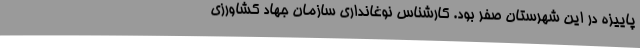
پاییزه در این شهرستان صفر بود. کارشناس نوغانداری سازمان جهاد کشاورزی